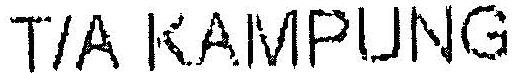
T/A KAMPUNG